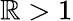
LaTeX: \mathbb{R}>1